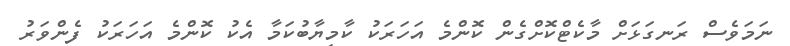
ނަމަވެސް ރަނގަޅަށް މާކެޓްކޮށްގެން ކޮންމެ އަހަރަކު ކާމިޔާބުކަމާ އެކު ކޮންމެ އަހަރަކު ފެންވަރު